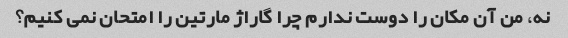
نه، من آن مکان را دوست ندارم چرا گاراژ مارتین را امتحان نمی کنیم؟